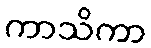
ကာသိကာ